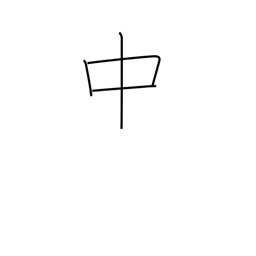
Meaning: in